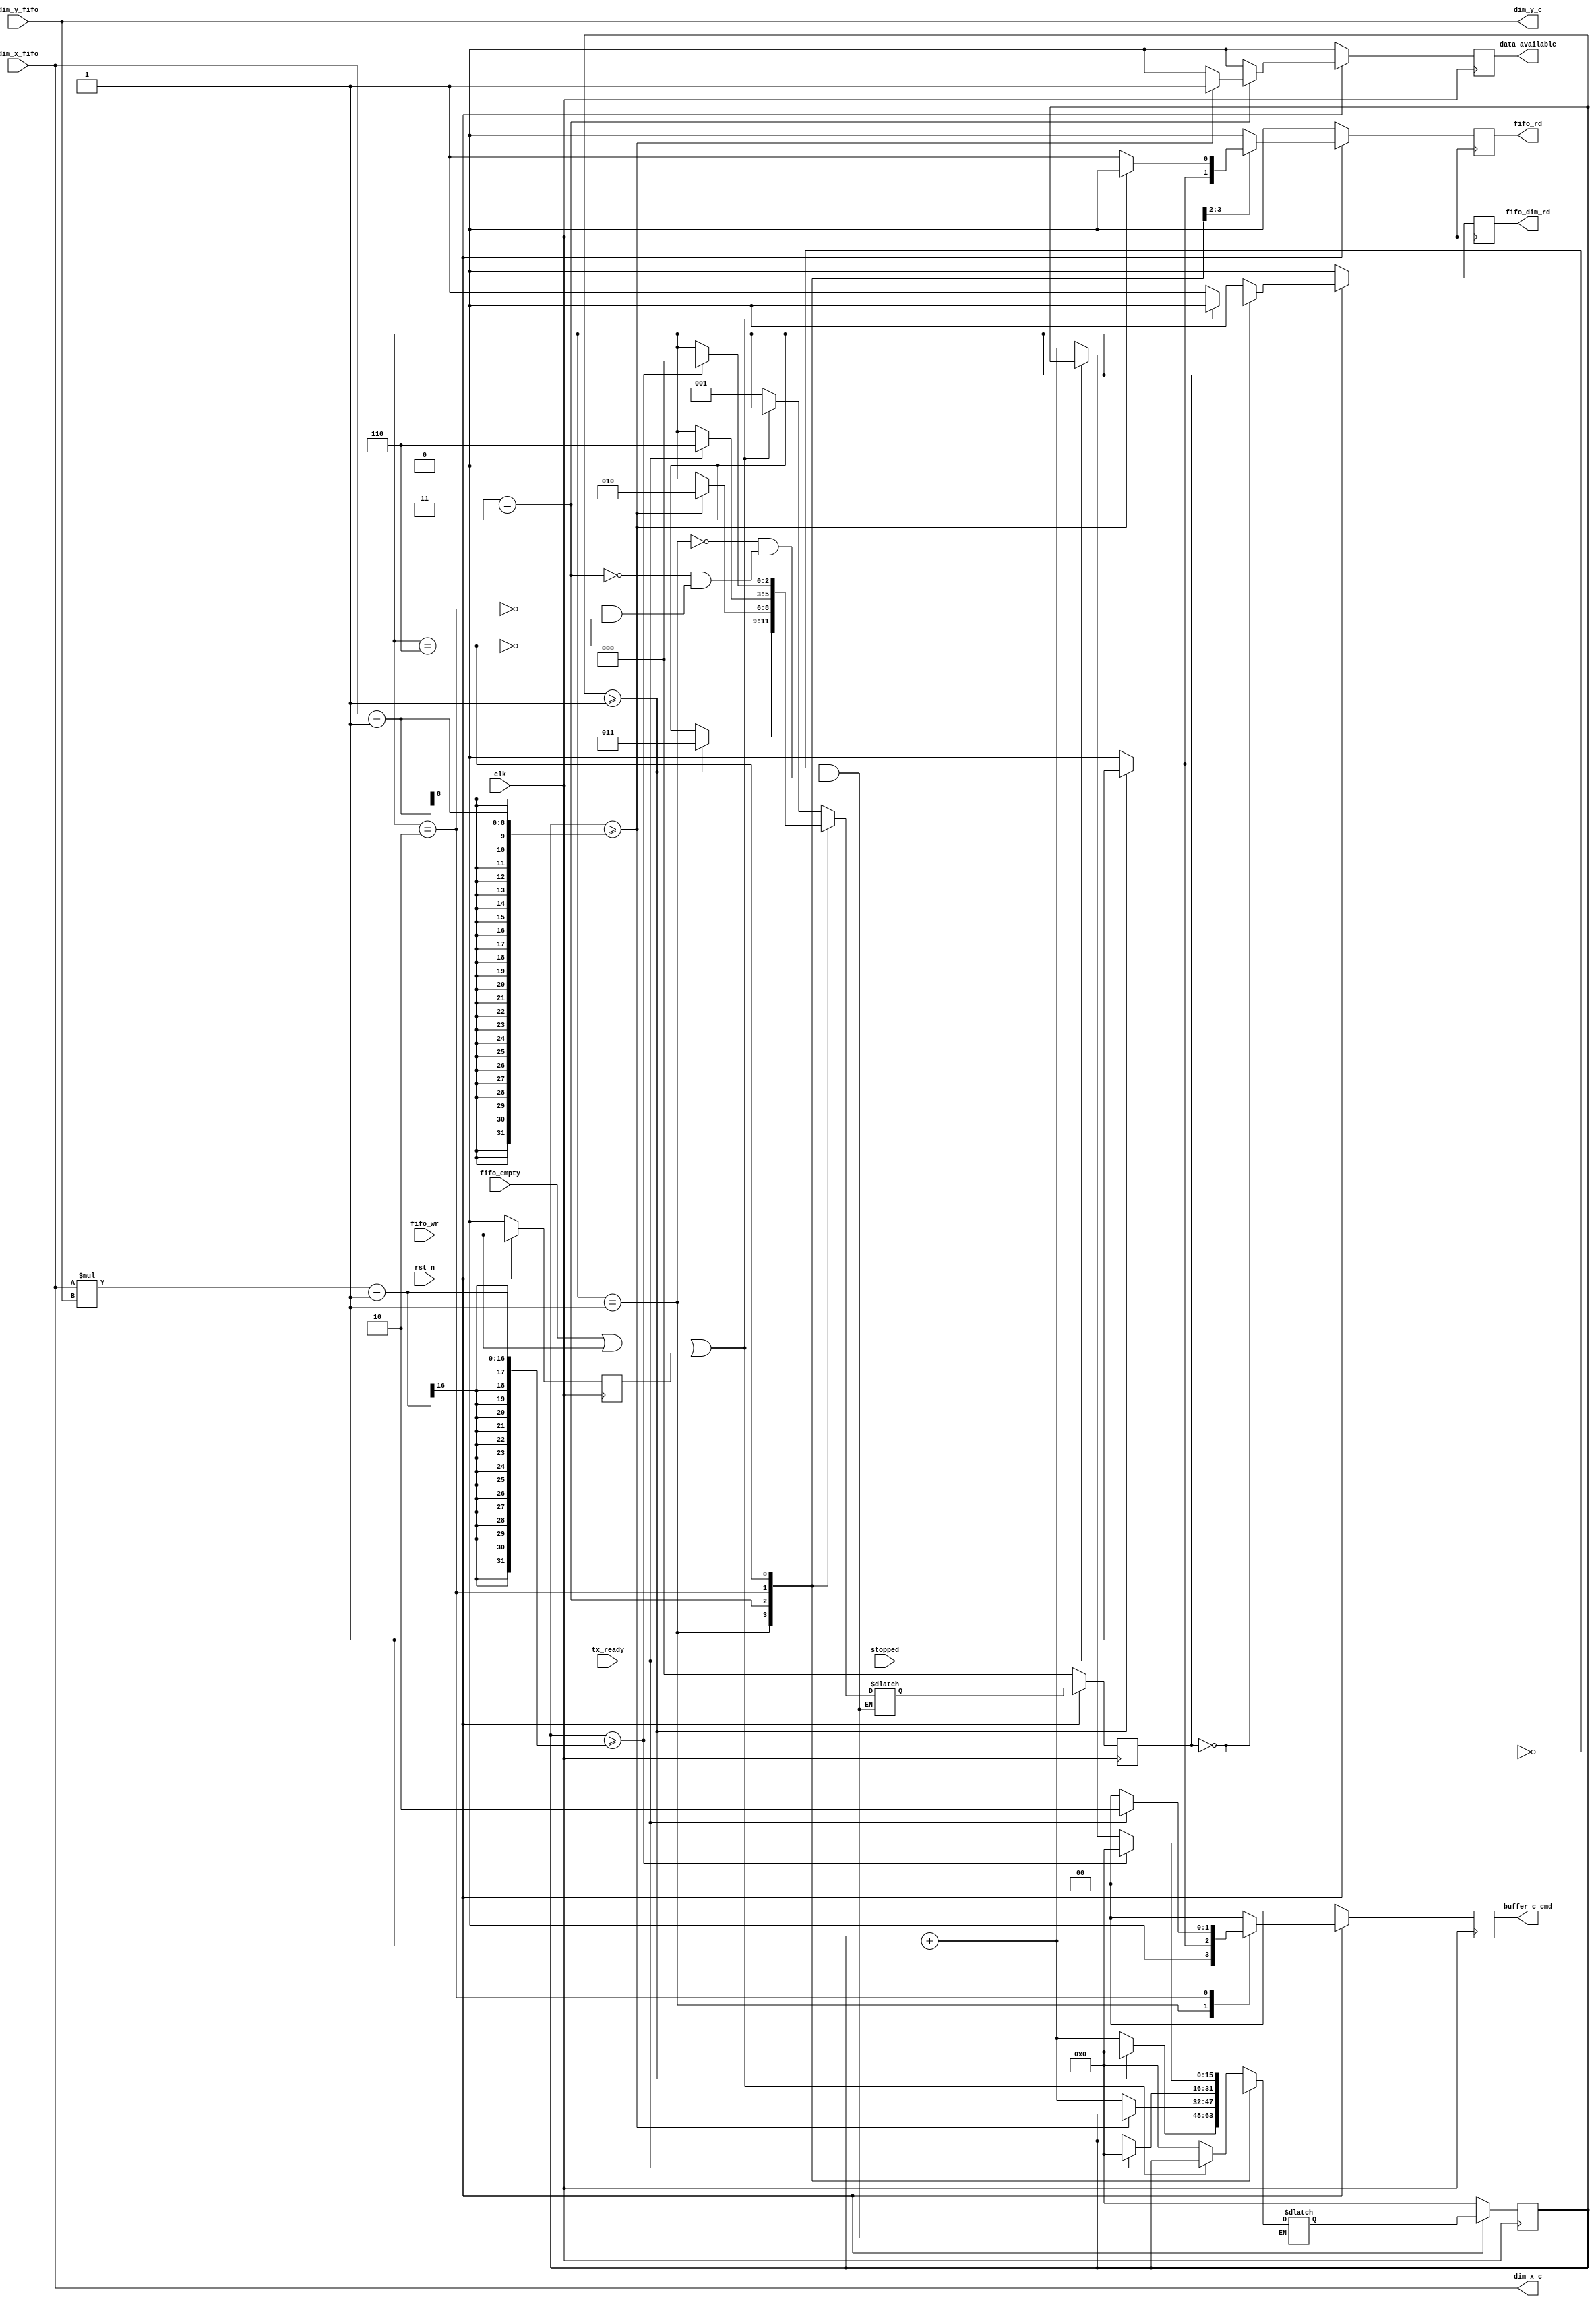
module out_controller #(parameter MMU_SIZE = 10)
(
  input wire clk,
  input wire rst_n,
  /* FIFO signals */
  input wire fifo_empty,
  input wire fifo_wr,
  output reg fifo_rd,
  output reg fifo_dim_rd,
  input wire [7:0] dim_x_fifo,
  input wire [7:0] dim_y_fifo,
  /* Output buffer signals */
  output reg [1:0]  buffer_c_cmd,
  output wire [7:0] dim_x_c,
  output wire [7:0] dim_y_c,
  /* Tx signals */
  output reg data_available,
  input wire tx_ready,
  input wire stopped
  );

  localparam [2:0] STATE_IDLE    = 3'b000;
  localparam [2:0] STATE_DIM     = 3'b001;
  localparam [2:0] STATE_LOADING = 3'b011;
  localparam [2:0] STATE_WAITING = 3'b010;
  localparam [2:0] STATE_SENDING = 3'b110;

  localparam [1:0] BUFFER_NONE = 2'b00;
  localparam [1:0] BUFFER_LOAD = 2'b01;
  localparam [1:0] BUFFER_SEND = 2'b10;
  localparam [1:0] BUFFER_CLEAR = 2'b11;

  reg [2:0] state, state_nxt;
  reg [15:0] cycle_counter, cycle_counter_nxt;
  reg fifo_wr_last;
  reg fifo_rd_nxt, fifo_dim_rd_nxt;
  
  reg [1:0] buffer_c_cmd_nxt;
  reg data_available_nxt;

  always @(posedge clk) begin
    if (!rst_n) begin
      state <= STATE_IDLE;
      cycle_counter <= 0;
      fifo_wr_last <= 1'b0;
      fifo_rd <= 1'b0;
      fifo_dim_rd <= 1'b0;
      buffer_c_cmd <= BUFFER_NONE;
      data_available <= 1'b0;
    end
    else begin
      state <= state_nxt;
      cycle_counter <= cycle_counter_nxt;
      fifo_wr_last <= fifo_wr;
      fifo_rd <= fifo_rd_nxt;
      fifo_dim_rd <= fifo_dim_rd_nxt;
      buffer_c_cmd <= buffer_c_cmd_nxt;
      data_available <= data_available_nxt;
    end
  end

  always @* begin
    fifo_rd_nxt = 1'b0;
    fifo_dim_rd_nxt = 1'b0;
    buffer_c_cmd_nxt = BUFFER_NONE;
    data_available_nxt = 1'b0;
    case (state)
      STATE_IDLE: begin
        if (fifo_empty || fifo_wr || fifo_wr_last) begin
          state_nxt = state;
          cycle_counter_nxt = cycle_counter;
        end
        else begin
          state_nxt = STATE_DIM;
          cycle_counter_nxt = 0;
          fifo_dim_rd_nxt = 1'b1;
        end
      end
      STATE_DIM: begin
        if (cycle_counter >= 1) begin
          state_nxt = STATE_LOADING;
          cycle_counter_nxt = 0;
          fifo_rd_nxt = 1'b1;
          buffer_c_cmd_nxt = BUFFER_LOAD;
        end
        else begin
          state_nxt = state;
          cycle_counter_nxt = cycle_counter + 1;
        end
      end
      STATE_LOADING: begin
        if (cycle_counter >= (dim_x_fifo - 1)) begin
          state_nxt = STATE_WAITING;
          cycle_counter_nxt = cycle_counter;
          data_available_nxt = 1'b1;
        end
        else begin
          state_nxt = state;
          cycle_counter_nxt = cycle_counter + 1;
          fifo_rd_nxt = 1'b1;
        end
      end
      STATE_WAITING: begin
        if (tx_ready) begin
          state_nxt = STATE_SENDING;
          cycle_counter_nxt = 0;
          buffer_c_cmd_nxt = BUFFER_SEND;
        end
        else begin
          state_nxt = state;
          cycle_counter_nxt = cycle_counter;
        end
      end
      STATE_SENDING: begin
        if (cycle_counter >= (dim_x_fifo * dim_y_fifo - 1)) begin
          state_nxt = STATE_IDLE;
          cycle_counter_nxt = 0;
        end
        else begin
          state_nxt = state;
          cycle_counter_nxt = stopped ? cycle_counter : (cycle_counter + 1);
        end
      end
    endcase
  end

  assign dim_x_c = dim_x_fifo;
  assign dim_y_c = dim_y_fifo;

endmodule